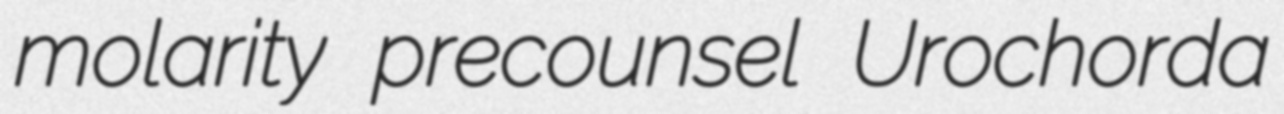
molarity precounsel Urochorda